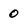
Character: 0